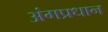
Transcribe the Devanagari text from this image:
अंगप्रधान